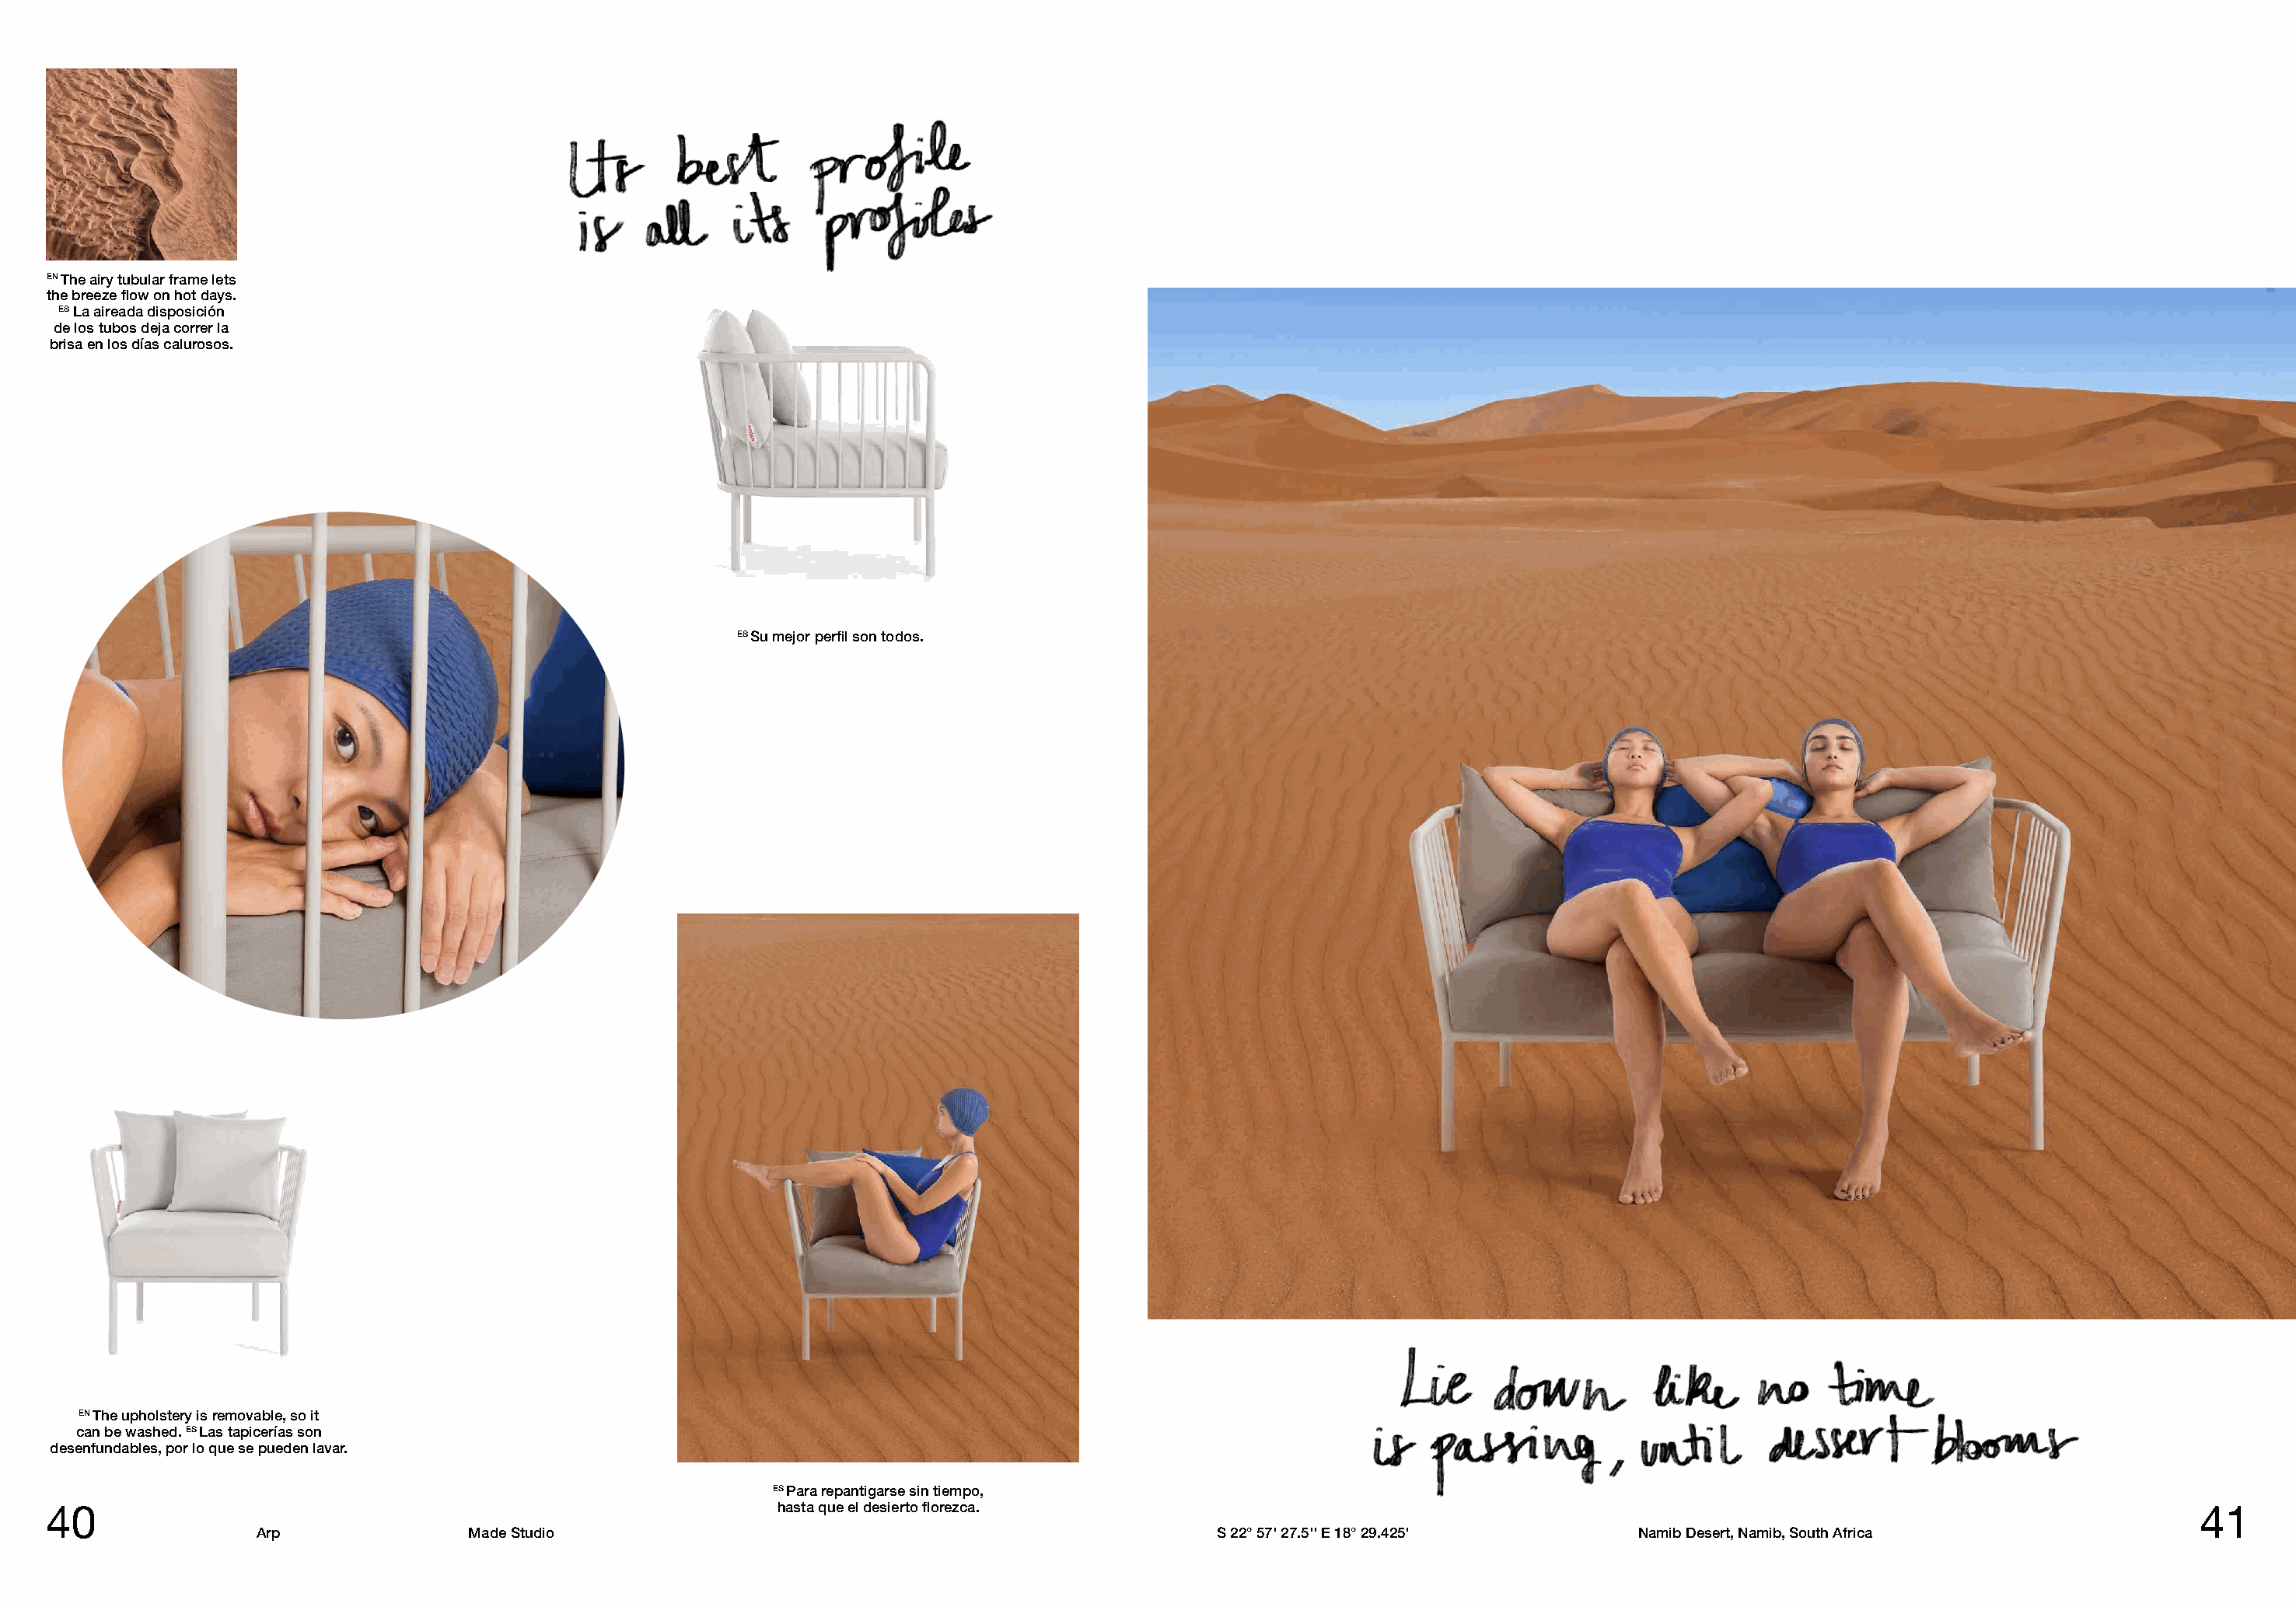
EN The airy tubular frame lets
 the breeze flow on hot days.
 ES La aireada disposición
 de los tubos deja correr la
 brisa en los días calurosos.
 ES Su mejor perfil son todos.
 EN The upholstery is removable, so it
 can be washed. ES Las tapicerías son
 desenfundables, por lo que se pueden lavar.
 ES Para repantigarse sin tiempo,
 40                                                            hasta que el desierto florezca.                                                                                          41
 Arp               Made Studio                                                     S 22° 57' 27.5'' E 18° 29.425'     Namib Desert, Namib, South Africa